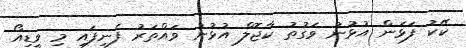
ކޭކު ފަޅަން އުޅުނު ވަގުތު ކާޖޮލް އުޅުނު ވައްތަރު ފެނިފައި މި ވީޑިއޯ